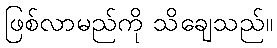
ဖြစ်လာမည်ကို သိချေသည်။